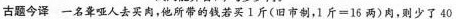
古题今译 一名聋哑人去买肉，他所带的钱若买1斤(旧市制，1斤=16两)肉，则少了40